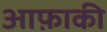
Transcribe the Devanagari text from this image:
आफ़ाकी